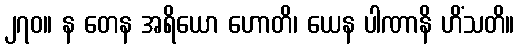
၂၇၀။ န တေန အရိယော ဟောတိ၊ ယေန ပါဏာနိ ဟိံသတိ။